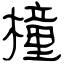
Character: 橦